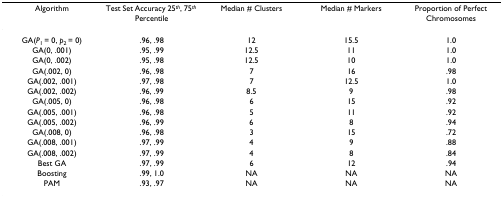
<table><thead><tr><td><b>Algorithm</b></td><td><b>Test Set Accuracy 25<sup><i>th</i></sup>, 75<sup><i>th </i></sup>Percentile</b></td><td><b>Median # Clusters</b></td><td><b>Median # Markers</b></td><td><b>Proportion of Perfect Chromosomes</b></td></tr></thead><tbody><tr><td>GA(<i>P</i><sub>1 </sub>= 0, <i>p</i><sub>2 </sub>= 0)</td><td>.96, .98</td><td>12</td><td>15.5</td><td>1.0</td></tr><tr><td>GA(0, .001)</td><td>.95, .99</td><td>12.5</td><td>11</td><td>1.0</td></tr><tr><td>GA(0, .002)</td><td>.95, .98</td><td>12.5</td><td>10</td><td>1.0</td></tr><tr><td>GA(.002, 0)</td><td>.96, .98</td><td>7</td><td>16</td><td>.98</td></tr><tr><td>GA(.002, .001)</td><td>.97, .98</td><td>7</td><td>12.5</td><td>1.0</td></tr><tr><td>GA(.002, .002)</td><td>.96, .99</td><td>8.5</td><td>9</td><td>.98</td></tr><tr><td>GA(.005, 0)</td><td>.96, .98</td><td>6</td><td>15</td><td>.92</td></tr><tr><td>GA(.005, .001)</td><td>.96, .98</td><td>5</td><td>11</td><td>.92</td></tr><tr><td>GA(.005, .002)</td><td>.96, .99</td><td>6</td><td>8</td><td>.94</td></tr><tr><td>GA(.008, 0)</td><td>.96, .98</td><td>3</td><td>15</td><td>.72</td></tr><tr><td>GA(.008, .001)</td><td>.97, .99</td><td>4</td><td>9</td><td>.88</td></tr><tr><td>GA(.008, .002)</td><td>.97, .99</td><td>4</td><td>8</td><td>.84</td></tr><tr><td>Best GA</td><td>.97, .99</td><td>6</td><td>12</td><td>.94</td></tr><tr><td>Boosting</td><td>.99, 1.0</td><td>NA</td><td>NA</td><td>NA</td></tr><tr><td>PAM</td><td>.93, .97</td><td>NA</td><td>NA</td><td>NA</td></tr></tbody></table>